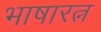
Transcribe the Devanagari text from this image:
भाषारत्न